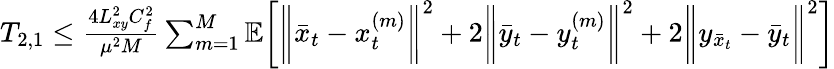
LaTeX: \begin{array}{r}{T_{2,1}\leq\frac{4L_{xy}^{2}C_{f}^{2}}{\mu^{2}M}\sum_{m=1}^{M}\mathbb{E}\bigg[\bigg\| \bar{x}_{t}-x_{t}^{(m)}\bigg\| ^{2}+2\bigg\| \bar{y}_{t}-y_{t}^{(m)}\bigg\| ^{2}+2\bigg\| y_{\bar{x}_{t}}-\bar{y}_{t}\bigg\| ^{2}\bigg]}\end{array}